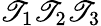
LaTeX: \mathscr{T}_{1}\mathscr{T}_{2}\mathscr{T}_{3}